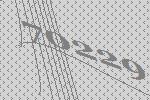
70229